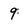
Character: 9